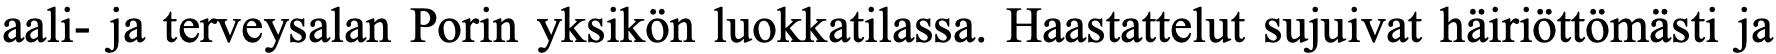
aali- ja terveysalan Porin yksikön luokkatilassa. Haastattelut sujuivat häiriöttömästi ja